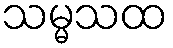
သမ္မသထ